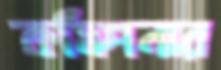
কমিশনার